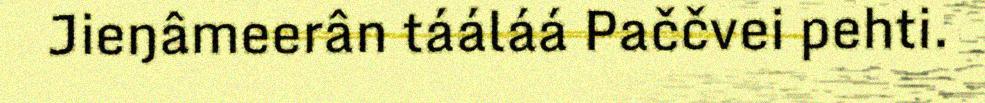
Jieŋâmeerân tááláá Paččvei pehti.